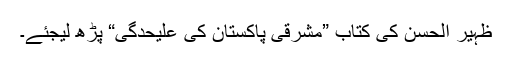
ظہیر الحسن کی کتاب ”مشرقی پاکستان کی علیحدگی“ پڑھ لیجئے۔